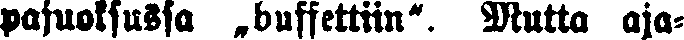
pajuoksussa „buffettiin". Mutta aja-